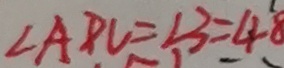
\angle A D C = \angle 3 = 4 8